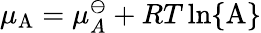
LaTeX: \mu_{\mathrm{A}}=\mu_{A}^{\ominus}+RT\ln\{ \mathrm{A}\}